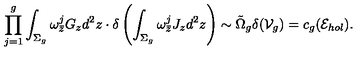
\prod _ { j = 1 } ^ { g } \int _ { \Sigma _ { g } } \omega _ { \bar { z } } ^ { j } G _ { z } d ^ { 2 } z \cdot \delta \left( \int _ { \Sigma _ { g } } \omega _ { \bar { z } } ^ { j } J _ { z } d ^ { 2 } z \right) \sim \tilde { \Omega } _ { g } \delta ( { \cal V } _ { g } ) = c _ { g } ( { \cal E } _ { h o l } ) .